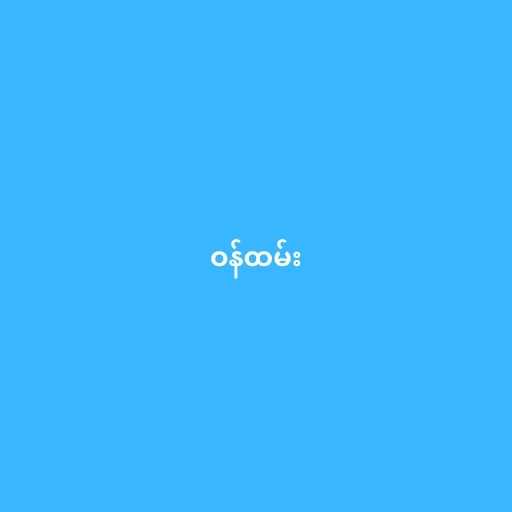
ဝန်ထမ်း